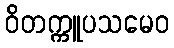
ဝိတက္ကူပသမေဝ